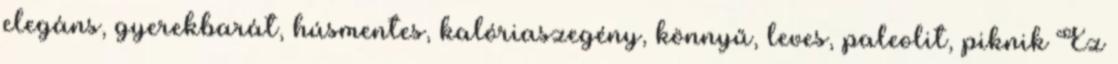
elegáns, gyerekbarát, húsmentes, kalóriaszegény, könnyű, leves, paleolit, piknik Ez